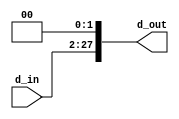
module shl2_26b (d_in,
                 d_out);
    input [25:0] d_in;
    output [27:0] d_out;
    
    assign d_out = {d_in, 2'b00};
    
endmodule